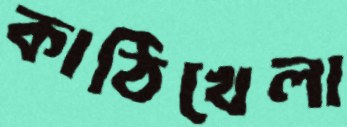
কাঠিখেলা